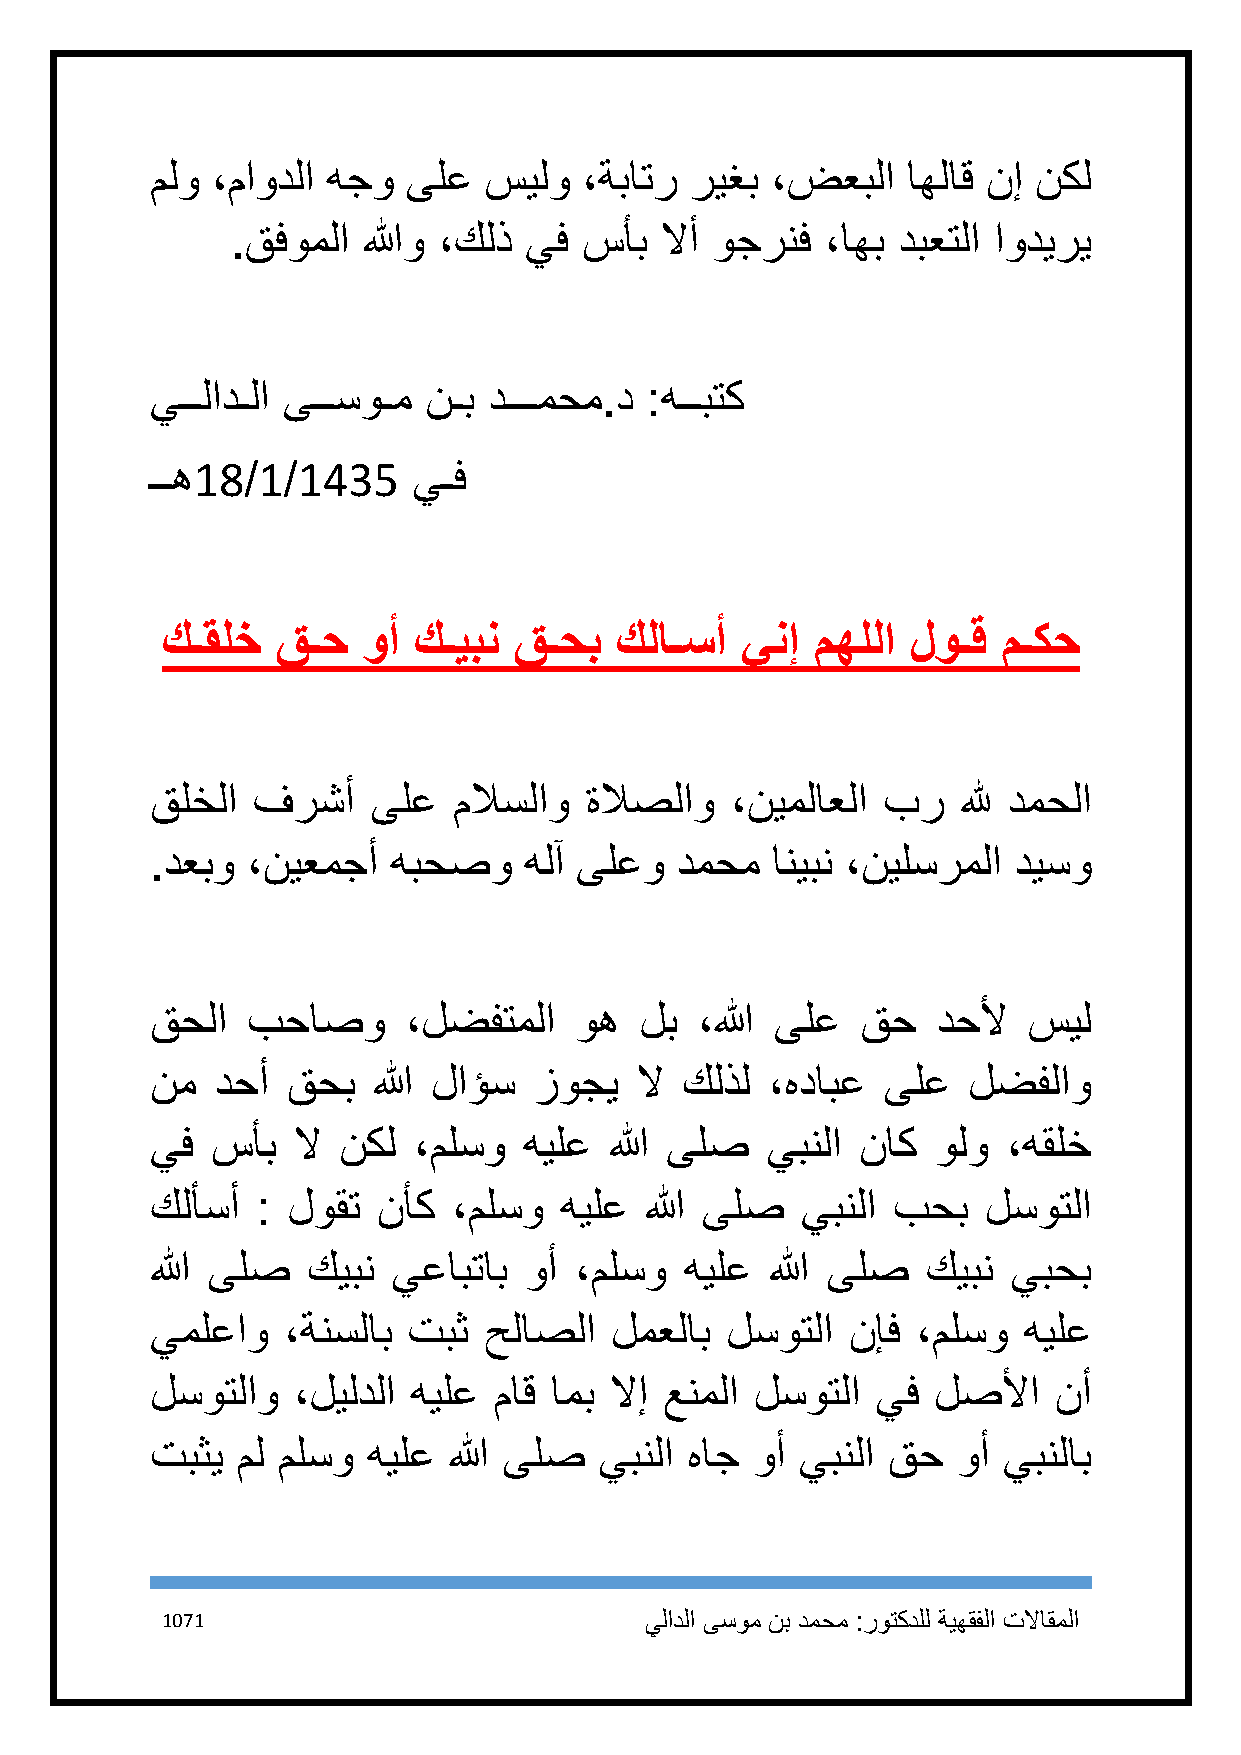
ملو ،ماودلا هجو  ىلع  سيلو   ،ةباتر ريغب ،ضعبلا   اهلاق نإ نكل
 .قفوملا  اللهو ،كلذ يف  سأب  لاأ وجرنف  ،اهب دبعتلا اوديري
 يــلادـلا ىــسوـم نـب دـــمحم.د  :هــبتك
 ــه18/1/1435     يـف
 كـقلخ  قـح   وأ كـيبن  قـحب   كلاـسأ  ينإ  مهللا لوـق  مـكح
 قلخلا  فرشأ    ىلع  ملاسلاو  ةلاصلاو  ،نيملاعلا بر    لله دمحلا
 .دعبو ،نيعمجأ   هبحصو    هلآ ىلعو  دمحم  انيبن ،نيلسرملا ديسو
 قحلا  بحاصو      ،لضفتملا   وه  لب  ،الله ىلع  قح   دحلأ  سيل
 نم  دحأ  قحب   الله لاؤس زوجي   لا كلذل  ،هدابع ىلع   لضفلاو
 يف  سأب  لا نكل  ،ملسو   هيلع الله ىلص   يبنلا ناك  ولو  ،هقلخ
 كلأسأ  : لوقت  نأك  ،ملسو  هيلع  الله ىلص  يبنلا بحب   لسوتلا
 الله ىلص  كيبن  يعابتاب  وأ ،ملسو  هيلع  الله ىلص  كيبن  يبحب
 يملعاو   ،ةنسلاب تبث  حلاصلا  لمعلاب  لسوتلا  نإف  ،ملسو  هيلع
 لسوتلاو  ،ليلدلا هيلع  ماق امب لاإ عنملا لسوتلا يف  لصلأا   نأ
 تبثي  مل ملسو هيلع  الله ىلص  يبنلا هاج وأ يبنلا قح  وأ يبنلاب
 1171                            يلادلا ىسوم نب دمحم :روتكدلل ةيهقفلا تلااقملا